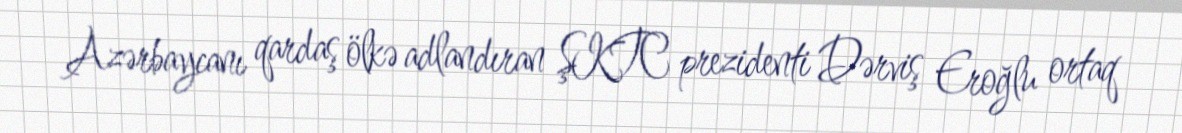
Azərbaycanı qardaş ölkə adlandıran ŞKTC prezidenti Dərviş Eroğlu ortaq